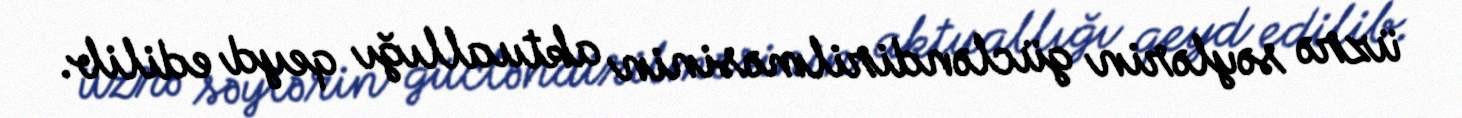
üzrə səylərin gücləndirilməsinin aktuallığı qeyd edilib.